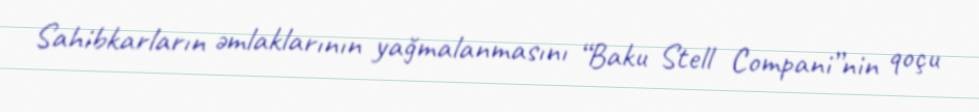
Sahibkarların əmlaklarının yağmalanmasını “Baku Stell Compani”nin qoçu